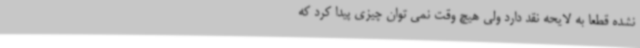
نشده قطعا به لایحه نقد دارد ولی هیچ وقت نمی توان چیزی پیدا کرد که